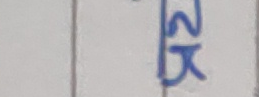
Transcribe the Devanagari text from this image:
२k